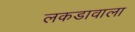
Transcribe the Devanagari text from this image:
लकडावाला